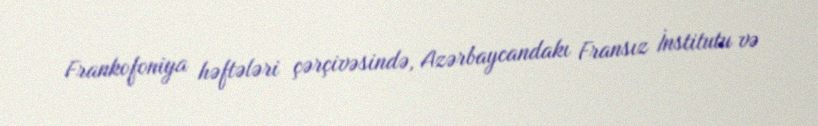
Frankofoniya həftələri çərçivəsində, Azərbaycandakı Fransız İnstitutu və